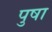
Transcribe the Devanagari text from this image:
पुषा